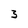
Character: 3